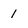
Character: 1